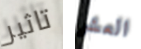
تاثير العشر